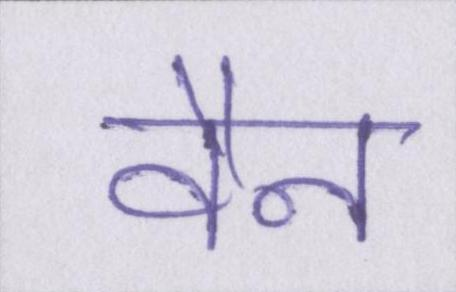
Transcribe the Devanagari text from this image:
वैन